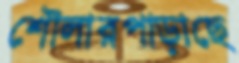
শৌলারপাড়াছে